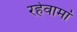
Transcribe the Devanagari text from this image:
रहेवामां